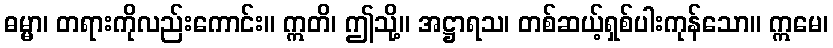
ဓမ္မာ၊ တရားကိုလည်းကောင်း။ ဣတိ၊ ဤသို့။ အဋ္ဌာရသ၊ တစ်ဆယ့်ရှစ်ပါးကုန်သော။ ဣမေ၊